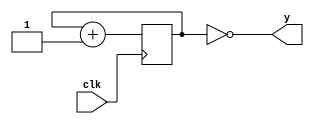
`timescale 1ns / 1ps
//////////////////////////////////////////////////////////////////////////////////
// Company: 
// Engineer: 
// 
// Design Name: 
// Module Name:    clock_slower 
// Project Name: 
// Target Devices: 
// Tool versions: 
// Description: 
//
// Dependencies: 
//
// Revision: 
// Revision 0.01 - File Created
// Additional Comments: 
//
//////////////////////////////////////////////////////////////////////////////////
module clock_slower
	#(parameter WIDTH = 19)
	(
    output y,
    input clk
    );

	reg [WIDTH-1:0] count = 0;
	 
   always @(posedge clk) 
	begin
		count <= count + 1'b1;
	end
	
	 assign y = (count == 0);

endmodule